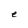
Character: e